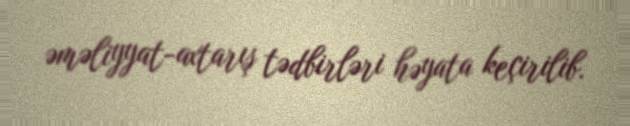
əməliyyat-axtarış tədbirləri həyata keçirilib.